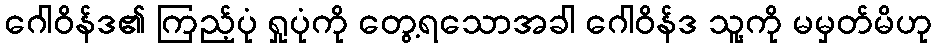
ဂေါဝိန်ဒ၏ ကြည့်ပုံ ရှုပုံကို တွေ့ရသောအခါ ဂေါဝိန်ဒ သူ့ကို မမှတ်မိဟု